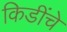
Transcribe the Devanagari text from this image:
किडींचे